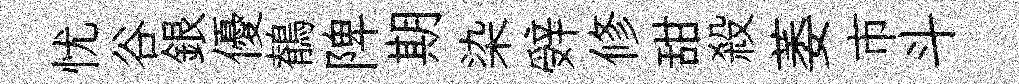
忧谷銀優鶺陴期染辤修甜殺萎市斗